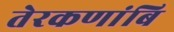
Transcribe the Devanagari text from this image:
तेरकणांबि